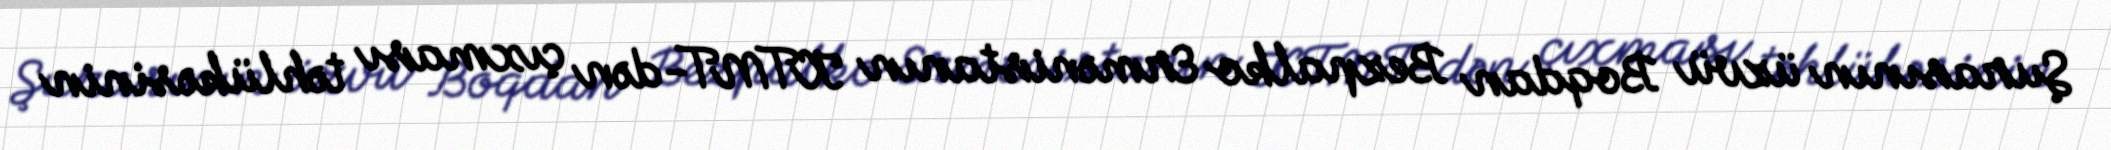
Şurasının üzvü Boqdan Bezpalko Ermənistanın KTMT-dən çıxması təhlükəsinin